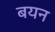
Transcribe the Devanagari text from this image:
बयन